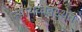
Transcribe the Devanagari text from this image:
न्यायव्ववस्थेत